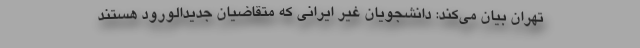
تهران بیان می‌کند: دانشجویان غیر ایرانی که متقاضیان جدیدالورود هستند